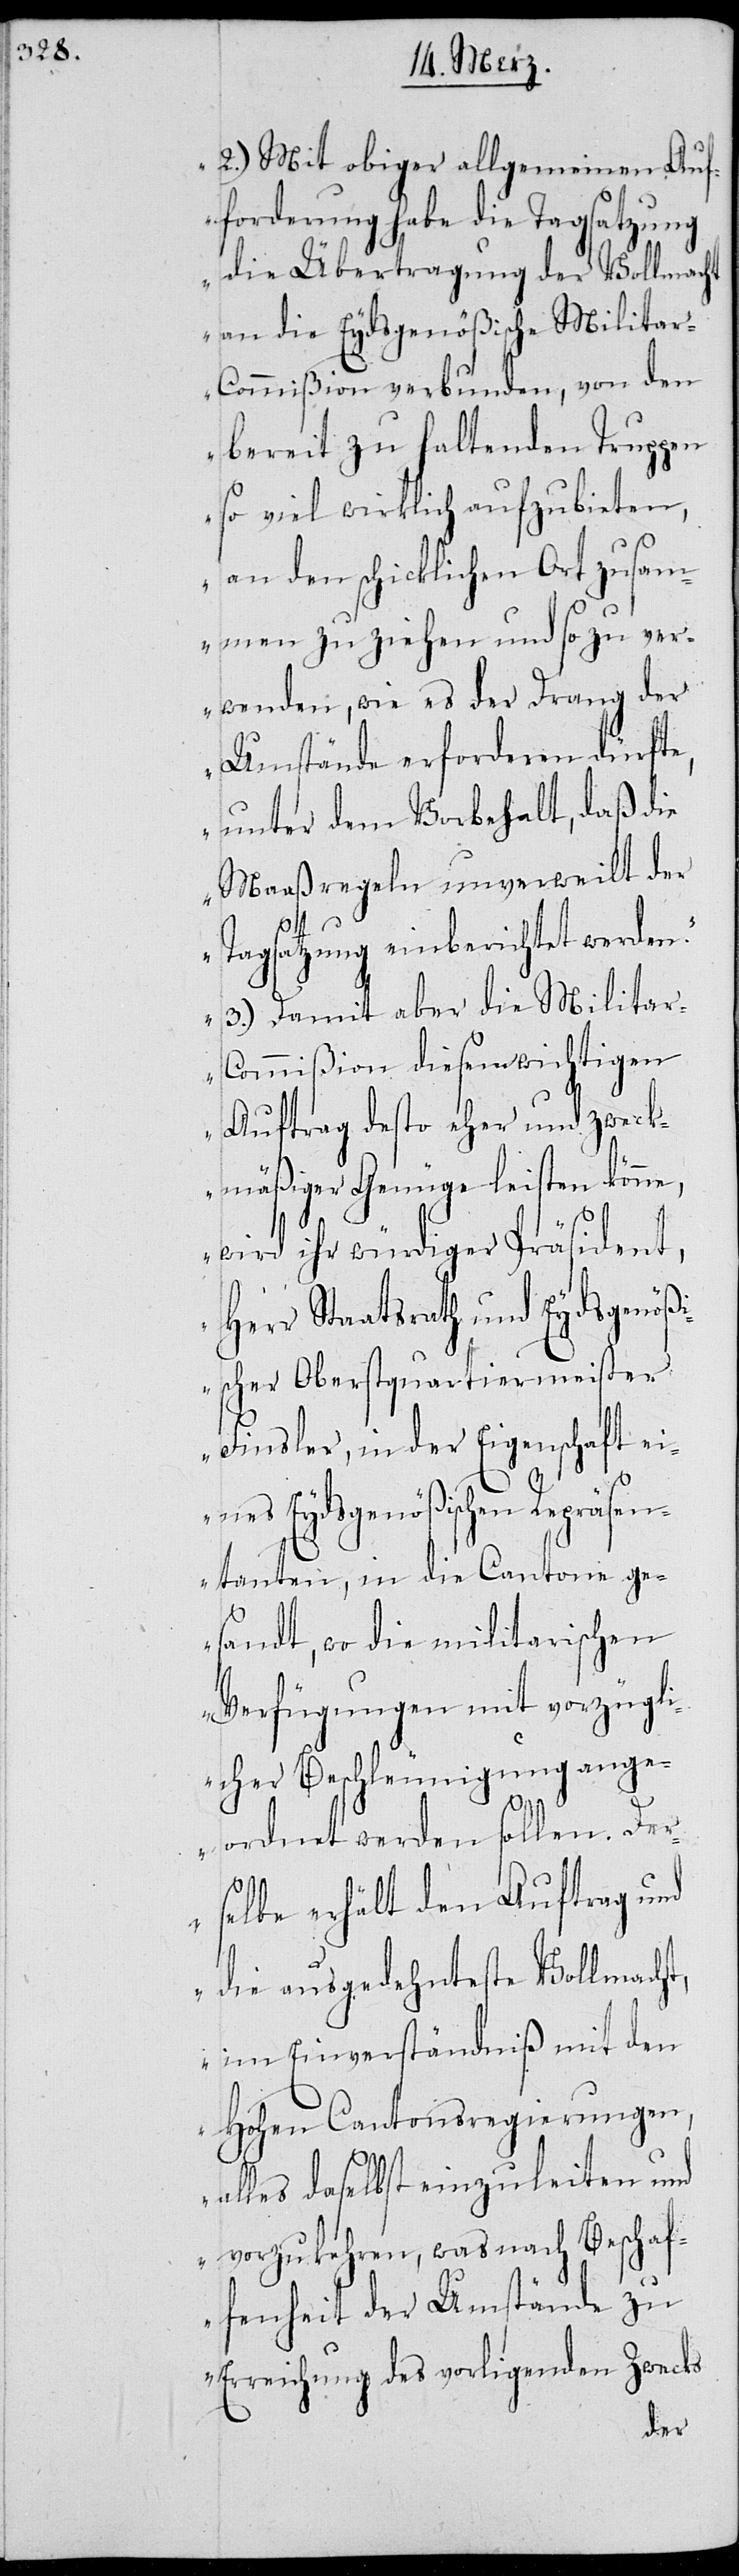
2.) Mit obiger allgemeinen Auf¬
forderung habe die Tagsatzung
die Übertragung der Vollmacht
an die Eydsgenößische Milita¬
r-Commißion verbunden, von den
bereit zu haltenden Truppen
so viel wirklich aufzubieten,
an den schicklichen Ort zusam¬
men zu ziehen und so zu ver¬
wenden, wie es der Drang der
Umstände erforderen dürfte,
unter dem Vorbehalt, daß die
Maaßregeln unverweilt der
Tagsatzung einberichtet werden.
3.) Damit aber die Milita¬
r-Commißion diesem wichtigen
Auftrag desto eher und zweck¬
mäßiger Genüge leisten könne,
wird ihr würdiger Präsident,
Herr Staatsrath und Eydsgnöß¬
ischer Oberstquartiermeister
Finsler, in der Eigenschaft ei¬
nes Eydsgenößischen Repräsen¬
tanten, in die Cantone ge¬
sandt, wo die militarischen
Verfügungen mit vorzügli¬
cher Beschleunigung ange¬
ordnet werden sollen. Der¬
selbe erhält den Auftrag und
die ausgedehnteste Vollmacht,
im Einverständniß mit den
Hohen Cantonsregierungen,
alles daselbst einzuleiten und
vorzukehren, was nach Beschaf¬
fenheit der Umstände zu
Erreichung des vorliegenden Zwecks